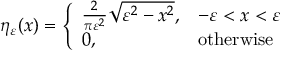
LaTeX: \eta _ { \varepsilon } ( x ) = { \left\{ \begin{array} { l l } { { \frac { 2 } { \pi \varepsilon ^ { 2 } } } { \sqrt { \varepsilon ^ { 2 } - x ^ { 2 } } } , } & { - \varepsilon < x < \varepsilon } \\ { 0 , } & { { \mathrm { o t h e r w i s e } } } \end{array} \right. }